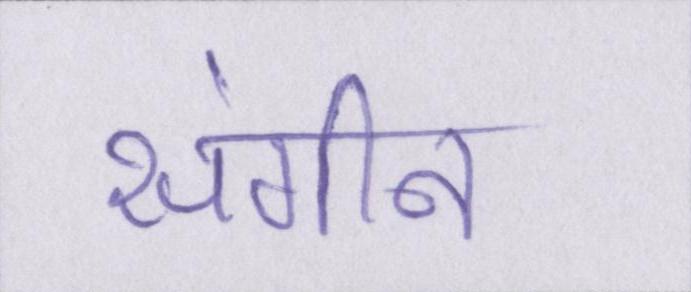
संगीन